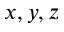
x , y , z